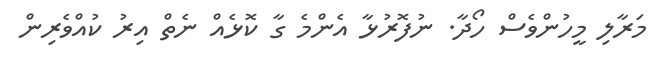
މަރާލި މީހުންވެސް ހޯދާ. ނުފޮރުޅާ އެންމެ ގާ ކޮޅެއް ނެތް އިރު ކުއްވެރިން